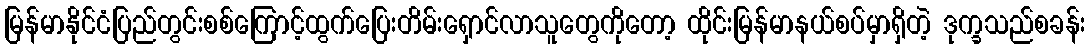
မြန်မာနိုင်ငံပြည်တွင်းစစ်ကြောင့်ထွက်ပြေးတိမ်းရှောင်လာသူတွေကိုတော့ ထိုင်းမြန်မာနယ်စပ်မှာရှိတဲ့ ဒုက္ခသည်စခန်း